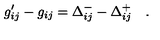
g _ { i j } ^ { \prime } - g _ { i j } = \Delta _ { i j } ^ { - } - \Delta _ { i j } ^ { + } \quad .